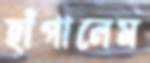
হাঁপালেম